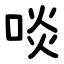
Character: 啖